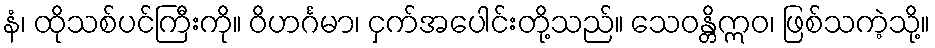
နံ၊ ထိုသစ်ပင်ကြီးကို။ ဝိဟင်္ဂမာ၊ ငှက်အပေါင်းတို့သည်။ သေဝန္တိဣဝ၊ ဖြစ်သကဲ့သို့။